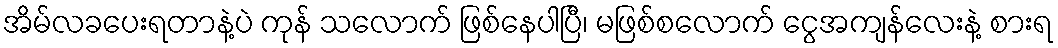
အိမ်လခပေးရတာနဲ့ပဲ ကုန် သလောက် ဖြစ်နေပါပြီ၊ မဖြစ်စလောက် ငွေအကျန်လေးနဲ့ စားရ